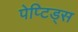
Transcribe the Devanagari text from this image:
पेप्टिड्स